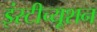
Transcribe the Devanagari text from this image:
इंस्टीच्यूशन